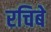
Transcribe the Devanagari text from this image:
रचिबे